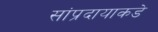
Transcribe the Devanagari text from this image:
सांप्रदायाकडे